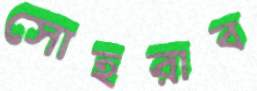
সোহরাব